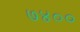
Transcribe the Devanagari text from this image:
७४००